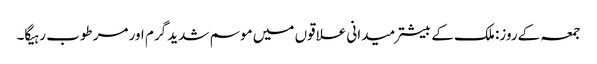
جمعہ کےروز: ملک کے بیشتر میدانی علاقوں میں موسم شدید گرم اور مرطوب رہیگا۔